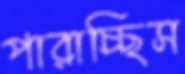
পারাচ্ছিস